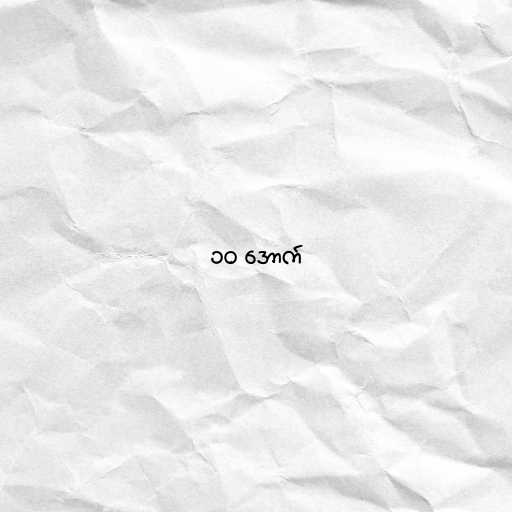
၁၀ အောက်